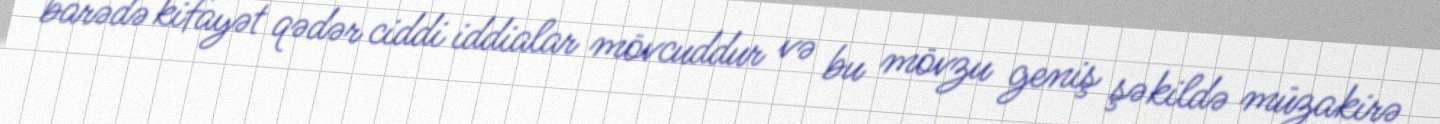
barədə kifayət qədər ciddi iddialar mövcuddur və bu mövzu geniş şəkildə müzakirə